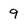
Character: 9